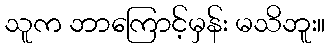
သူက ဘာကြောင့်မှန်း မသိဘူး။